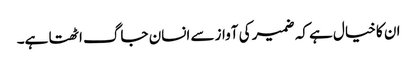
ان کا خیال ہے کہ ضمیر کی آواز سے انسان جاگ اٹھتا ہے۔